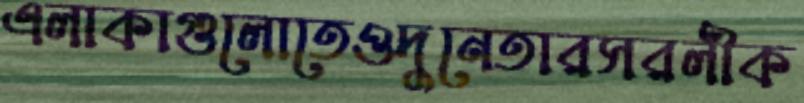
এলাকাগুলোতেওদুনেতারসরলীক